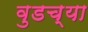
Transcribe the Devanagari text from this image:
वुडच्या